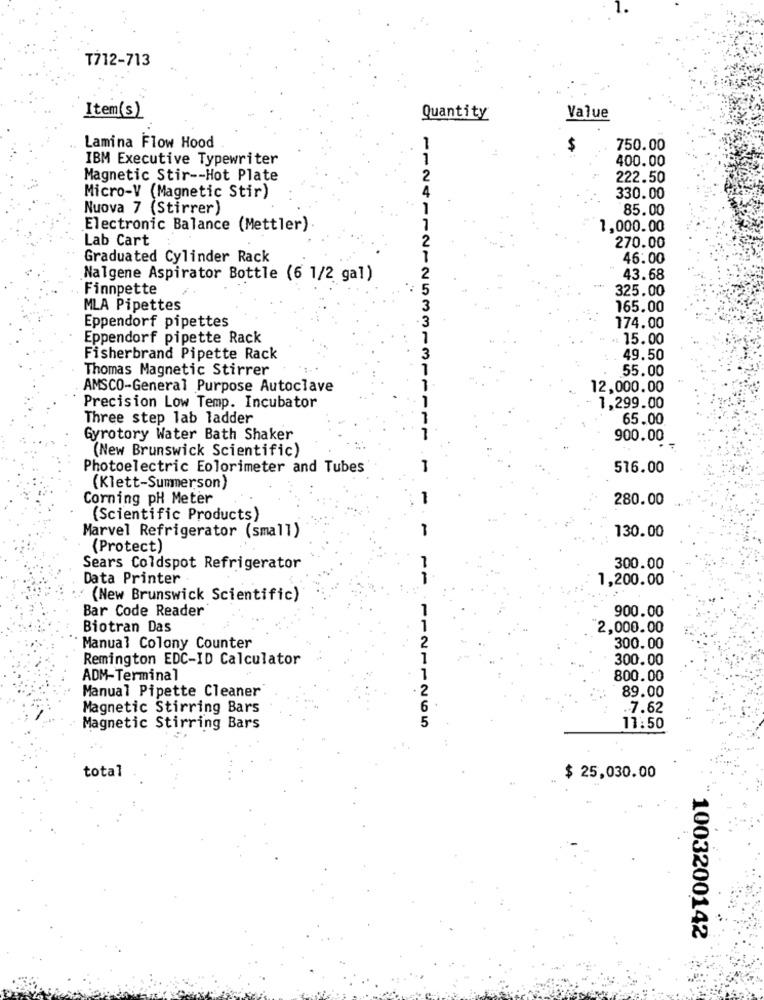
T712-713
Item(s)
Quantity
Value
Lamina Flow Hood
750.00
IBM Executive Typewriter
1
400.00
Magnetic Stir -- Hot Plate
2
222.50
Micro-V (Magnetic Stir)
330.00
Nuova 7 (Stirrer)
85.00
Electronic Balance (Mettler)
1,000.00
Lab Cart
270.00
Graduated Cylinder Rack
46:00
Nalgene Aspirator Bottle (6 1/2 gal)
43.68
Finnpette
325.00
MLA Pipettes
165.00
Eppendorf pipettes
174.00
Eppendorf pipette Rack
15.00
Fisherbrand Pipette Rack
49.50
Thomas Magnetic Stirrer
112411212533131
55.00
AMSCO-General Purpose Autoclave
12,000.00
Precision Low Temp. Incubator
1,299.00
Three step lab ladder
65.00
Gyrotory Water Bath Shaker
1111
900.00
(New Brunswick Scientific)
Photoelectric Eolorimeter and Tubes
-
516.00
(Klett-Summerson)
Corning PH Meter
1
280.00
(Scientific Products)
Marvel Refrigerator (small)
130.00
(Protect)
Sears Coldspot Refrigerator
300.00
Data Printer
1,200.00
11
(New Brunswick Scientific)
Bar Code Reader
1
900.00
Biotran Das
1
2,000.00
2
Manual Colony Counter
300.00
Remington EDC-ID Calculator
300.00
ADM-Terminal
1
800.00
2
89.00
Manual Pipette Cleaner
Magnetic Stirring Bars
7.62
Magnetic Stirring Bars
11:50
total
$ 25,030.00
1003200142